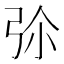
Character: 𢏏